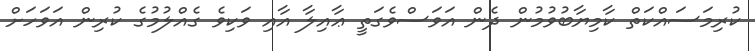
ކުރިމަސައްކަތް ކާމިޔާބުވުމުން ދެން އަވަސްވެގަތީ ޢާއިލާ އާއި ވަކިވެ ގެއްލުމުގެ ކުރިން އަވަހަށް